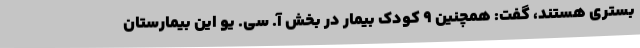
بستری هستند، گفت: همچنین ۹ کودک بیمار در بخش آ. سی. یو این بیمارستان